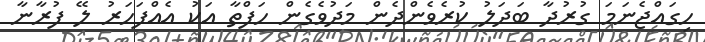
ހިގައްޖެނަމަ ގުރުދާ ބަދަލު ކުރެވެންދެން މަދުވެގެން ހަފްތާ އަކު އެއްފަހަރު ލޭ ފުރާނާ